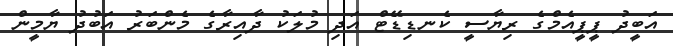
އަބީދު ޕީޕީއެމްގެ ރިޔާސީ ކެނޑިޑޭޓް އަދި މުލަކު ދާއިރާގެ މެންބަރު އަބުދު ޔާމީން